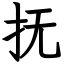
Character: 抚